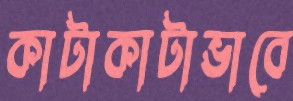
কাটাকাটাভাবে